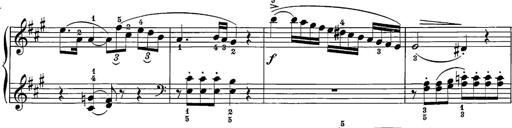
Title: 12 Sonatine per Pianoforte
Composer: Friedrich Kuhlau